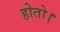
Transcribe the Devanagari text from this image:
होतो।